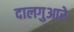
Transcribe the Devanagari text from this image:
दालगुआरे